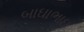
બાઘાભાઇ